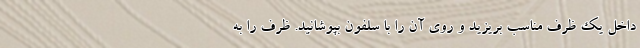
داخل یک ظرف مناسب بریزید و روی آن را با سلفون بپوشانید. ظرف را به